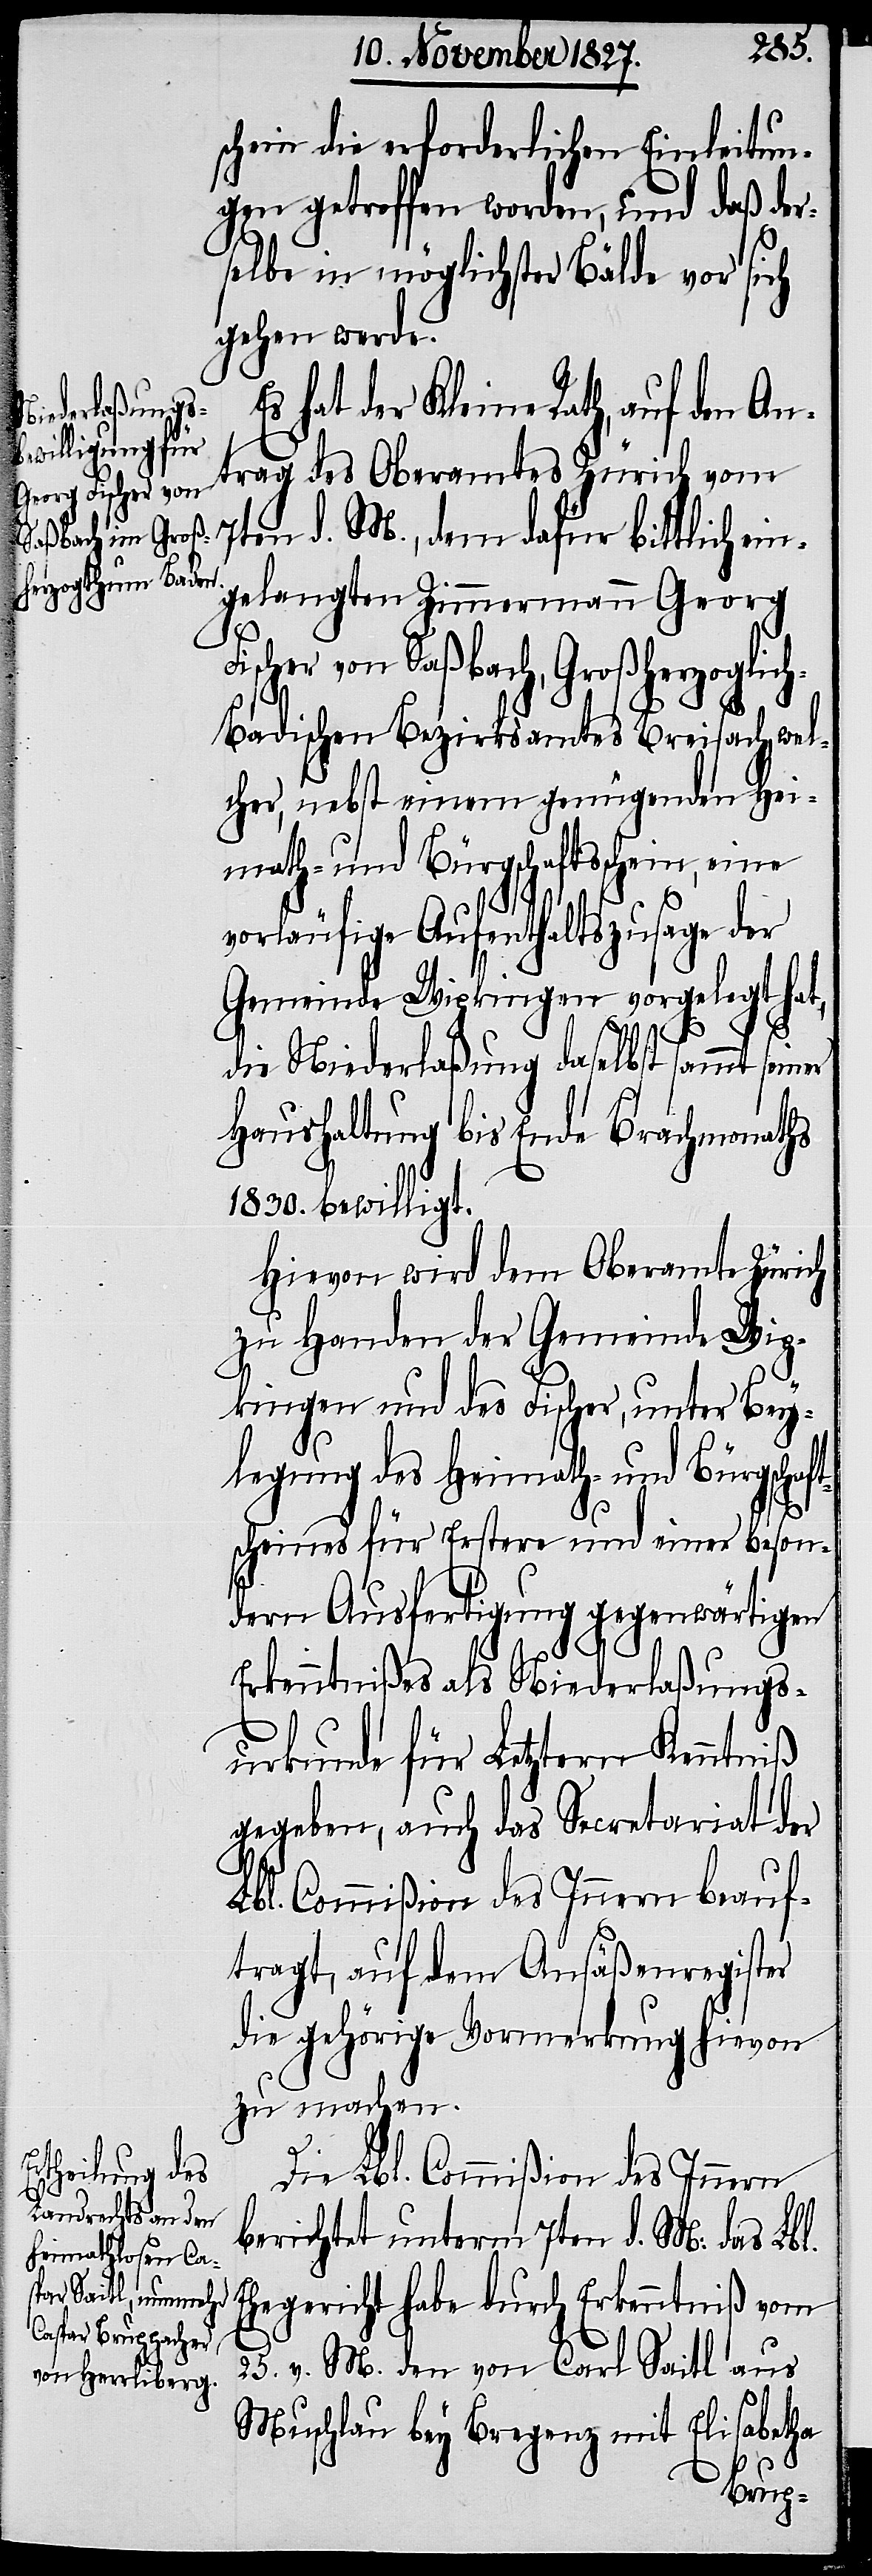
schein die erforderlichen Einleitun¬
gen getroffen worden, und daß der¬
selbe in möglichster Bälde vor sich
gehen werde.
Es hat der Kleine Rath, auf den An¬
trag des Oberamtes Zürich vom
7ten d. M., dem dafür bittlich ein¬
gelangten Zimmermann Georg
Fischer von Saßbach, Großherzoglic¬
h-Badischen Bezirksamtes Breisach, wel¬
cher, nebst einem genügenden Hei¬
math- und Bürgschaftsschein,
vorläufige Aufenthaltszusage der
Gemeinde Wipkingen vorgelegt hat,
s¬
die Niederlaßung daselbst sammt se¬
Haushaltung bis Ende Brachmonaths
1830. bewilligt.
Hievon wird dem Oberamt Zürich
zu Handen der Gemeinde Wip¬
kingen und des Fischer, unter Bey¬
legung des Heimath- und Bürgschaft¬
scheines für Erstere und einer beson¬
dern Ausfertigung gegenwärtigen
Erkenntnißes als Niederlaßungs¬
urkunde für Letztern Kenntniß
gegeben, auch das Secretariat der
Lbl. Commißion des Innern beauf¬
tragt, auf dem Ansäßenregister
die gehörige Vormerkung hievon
zu machen.
Die Lbl. Commißion des Innern
berichtet unterm 7ten d. M: das Lbl.
Ehegericht habe durch Erkenntniß vom
25. v. M. den von Carl Saitl aus
Muschlau bey Bregenz mit Elisabetha